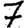
Digit: 7